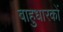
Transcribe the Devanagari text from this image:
बाहुधारकों